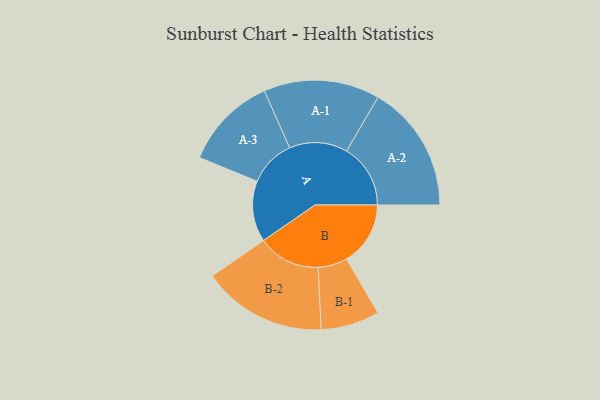
{"axis": {"x": "Segment", "y": "Value"}, "legend": ["", "A", "B"], "data": [{"x": "A", "y": 282, "type": ""}, {"x": "B", "y": 296, "type": ""}, {"x": "A-1", "y": 269, "type": "A"}, {"x": "A-2", "y": 296, "type": "A"}, {"x": "A-3", "y": 217, "type": "A"}, {"x": "B-1", "y": 136, "type": "B"}, {"x": "B-2", "y": 289, "type": "B"}]}